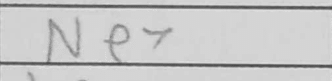
Transcription: Ne7